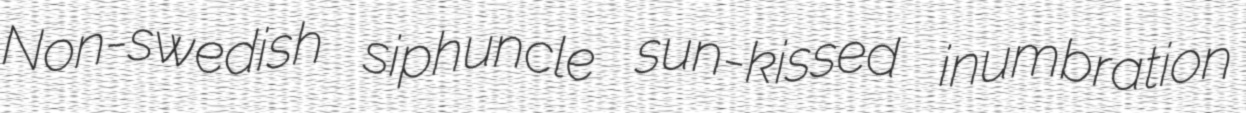
Non-swedish siphuncle sun-kissed inumbration